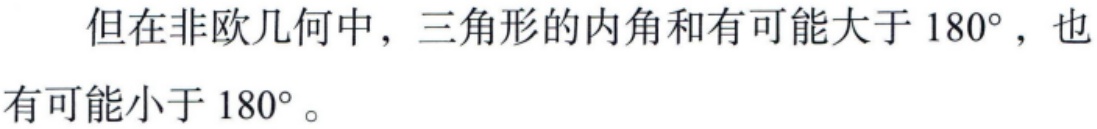
但在非欧几何中，三角形的内角和有可能大于 \(180^{\circ}\)，也有可能小于 \(180^{\circ}\)。